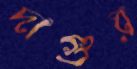
দাগুর